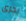
يجرى